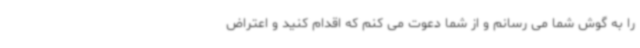
را به گوش شما می رسانم و از شما دعوت می کنم که اقدام کنید و اعتراض